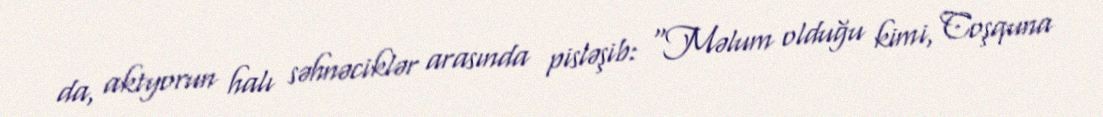
da, aktyorun halı səhnəciklər arasında pisləşib: “Məlum olduğu kimi, Coşquna